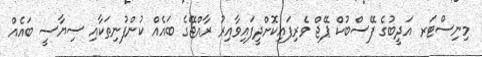
މިނިސްޓަރ އަދީބުގެ ފޭސްބުކް ޕޭޖް ވެރިފައިކޮށްދީފައިވާއިރު ރާއްޖޭގެ ބައެއް ކުންފުނިތަކާއި ސިޔާސީ ބައެއް